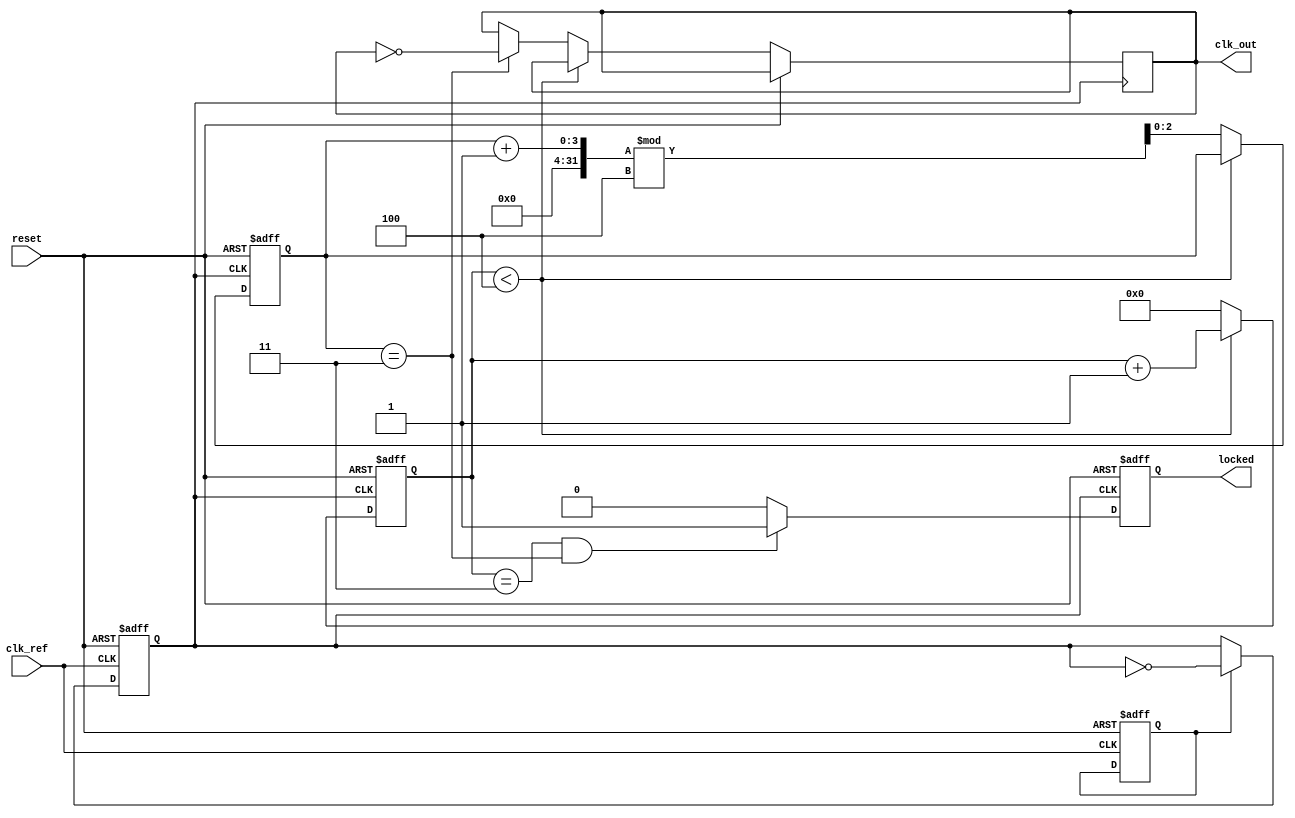
module frac_n_pll (
    input wire clk_ref,                // Reference clock input
    input wire reset,                  // Asynchronous reset
    output wire clk_out,               // Output clock
    output wire locked                 // Lock indicator
);

// Parameters for fractional division
parameter N_INT = 4;                  // Integer division factor
parameter N_FRAC = 3;                 // Fractional division factor
parameter MEMORY_SIZE = 16;           // Size of memory blocks

// Internal signals
reg [N_INT-1:0] int_count;            // Integer divider count
reg [N_FRAC-1:0] frac_count;          // Fractional divider count
reg [N_FRAC-1:0] frac_val;            // Fractional part value
reg vco_enable;                       // VCO enable signal
reg clk_vco;                          // VCO output clock
reg phase_error;                      // Phase error signal
reg [7:0] control_voltage;            // Control voltage from loop filter
reg [MEMORY_SIZE-1:0] memory_block;  // Memory block for coefficients
reg locked_reg;                       // Lock status register

// Phase Detector
always @(posedge clk_ref or posedge reset) begin
    if (reset) begin
        phase_error <= 0;
    end else begin
        // Simple phase detector logic (XOR for demonstration)
        phase_error <= clk_ref ^ clk_vco;
    end
end

// Loop Filter (Simple Integrator for demonstration)
always @(posedge clk_ref or posedge reset) begin
    if (reset) begin
        control_voltage <= 0;
    end else begin
        control_voltage <= control_voltage + phase_error; // Integrate phase error
    end
end

// Voltage-Controlled Oscillator (VCO Simulation)
always @(posedge clk_ref or posedge reset) begin
    if (reset) begin
        clk_vco <= 0;
        vco_enable <= 0;
    end else begin
        if (vco_enable) begin
            clk_vco <= ~clk_vco; // Toggle VCO output clock
        end
    end
end

// Fractional Divider
always @(posedge clk_vco or posedge reset) begin
    if (reset) begin
        frac_count <= 0;
        int_count <= 0;
    end else begin
        if (int_count < N_INT) begin
            int_count <= int_count + 1;
        end else begin
            int_count <= 0;
            frac_count <= (frac_count + 1) % (N_FRAC + 1);
            if (frac_count == N_FRAC) begin
                clk_out <= ~clk_out; // Toggle output clock
            end
        end
    end
end

// Integer Divider (for demonstration)
always @(posedge clk_vco or posedge reset) begin
    if (reset) begin
        locked_reg <= 0;
    end else begin
        // Lock detection logic (simplified)
        if (int_count == (N_INT - 1) && frac_count == N_FRAC) begin
            locked_reg <= 1;
        end else begin
            locked_reg <= 0;
        end
    end
end

assign locked = locked_reg;

endmodule